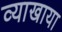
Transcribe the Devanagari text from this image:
व्याखाया